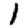
Digit: 1